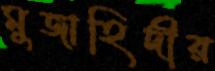
মুজাহিদীর